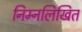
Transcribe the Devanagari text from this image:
निम्‍नलिखित